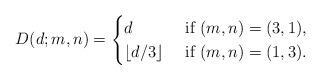
LaTeX: \begin{align*}D(d;m,n)=\begin{cases}d & \mbox{ if }(m,n)=(3,1),\\\lfloor d/3\rfloor & \mbox{ if }(m,n)=(1,3).\end{cases}\end{align*}